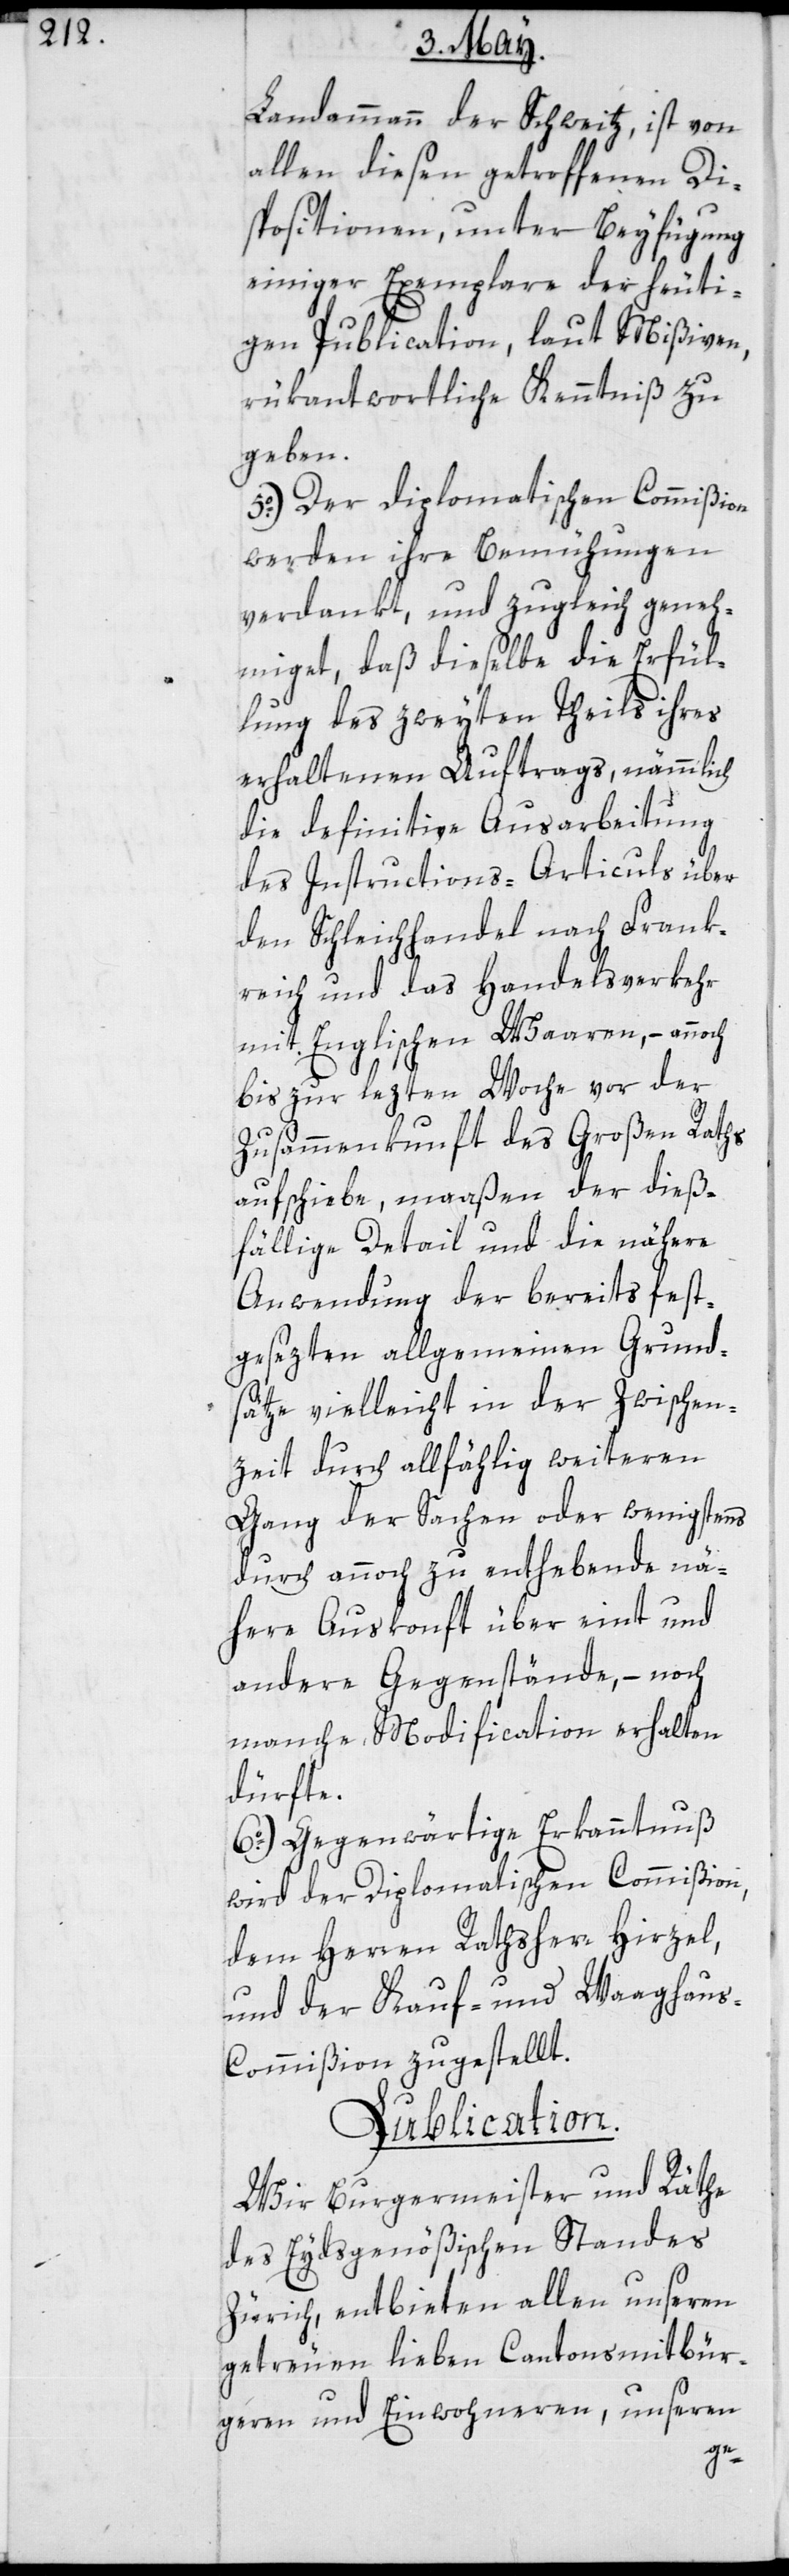
Landammann der Schweitz, ist von
allen diesen getroffenen Di¬
spositionen, unter Beyfügung
einiger Exemplare der heuti¬
gen Publication, laut Mißiven,
rükantwortliche Kenntniß zu
geben.
5o.) Der diplomatischen Commißion
werden ihre Bemühungen
verdankt, und zugleich geneh¬
miget, daß dieselbe die Erfül¬
lung des zweyten Theils ihres
erhaltenen Auftrags, nämmlich
die definitive Ausarbeitung
des Instructions-Articuls über
den Schleichhandel nach Frank¬
reich und des Handelsverkehrs
mit Englischen Waaren, – annoch
bis zur letzten Woche vor der
Zusammenkunft des Großen Raths
aufschiebe, maaßen der dieß¬
fällige Detail und die nähere
Anwendung der bereits fest¬
gesezten allgemeinen Grund¬
sätze vielleicht in der Zwischen¬
zeit durch allfählig weiteren
Gang der Sachen oder wenigstens
durch annoch zu enthebende nä¬
here Auskonft über eint und
andere Gegenstände, – noch
manche, Modification erhalten
dürfte.
6o.) Gegenwärtige Erkanntnuß
wird der Diplomatischen Commißion,
dem Herren Rathsherr Hirzel,
und der Kauf- und Waaghau¬
s-Commision zugestellt.
Publication.
Wir Burgermeister und Räte
des Eydsgenößischen Standes
Zürich, entbieten allen unsern
getreuen lieben Cantonsmitbür¬
geren und Einwohneren, unseren